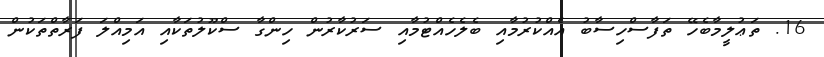
16. ތަޢުލީމާބެހޭ ތަފާސްހިސާބު އެއްކުރުމާއި ބެލެހެއްޓުމާއި ސަރުކާރުން ހިންގާ ސްކޫލުތަކާއި އަމިއްލަ ފަރާތްތަކުން